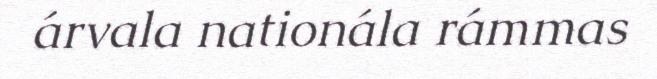
árvala nationála rámmas